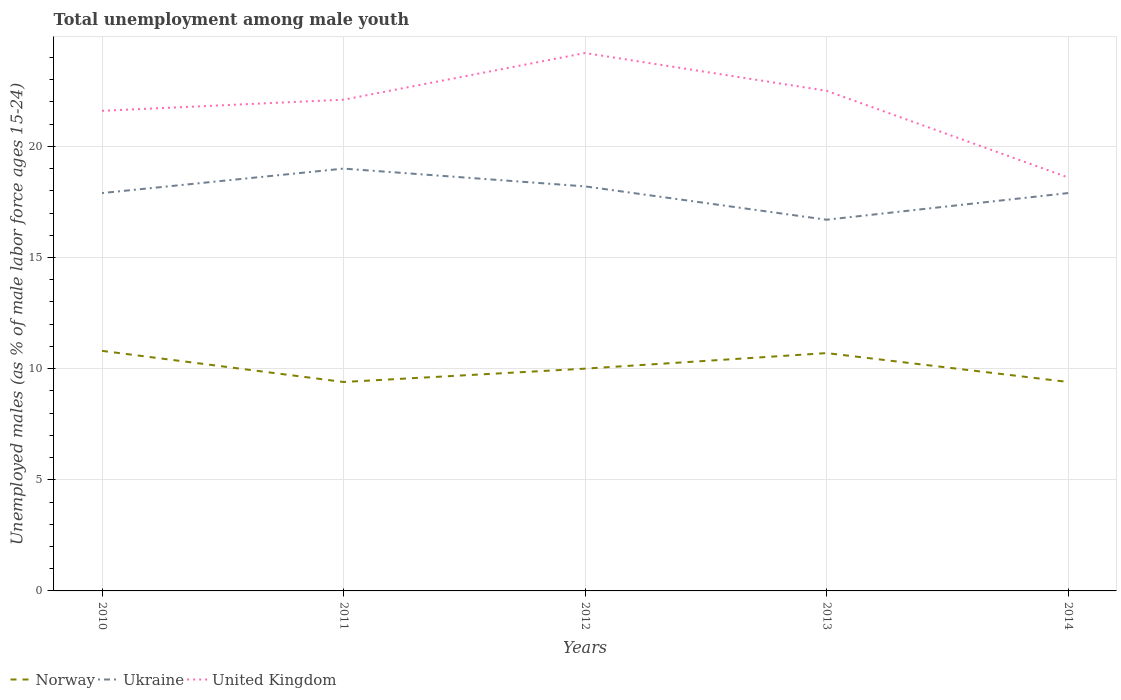
| Years | Norway | Ukraine | United Kingdom |
 | --- | --- | --- | --- |
 | 2010 | 10.8 | 17.9 | 21.6 |
 | 2011 | 9.4 | 19 | 22.1 |
 | 2012 | 10 | 18.2 | 24.2 |
 | 2013 | 10.7 | 16.7 | 22.5 |
 | 2014 | 9.4 | 17.9 | 18.6 |